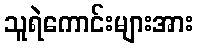
သူရဲကောင်းများအား